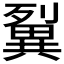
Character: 𤳓